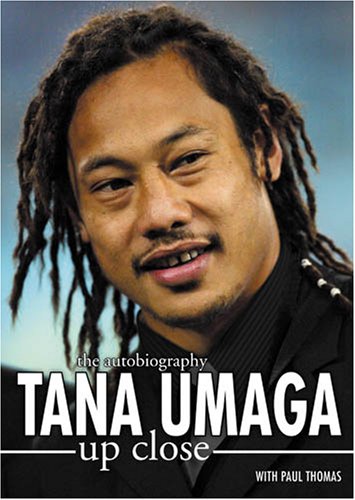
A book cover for Tana Umaga: Up Close; Tana Umaga and Paul Thomas; Sports & Outdoors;